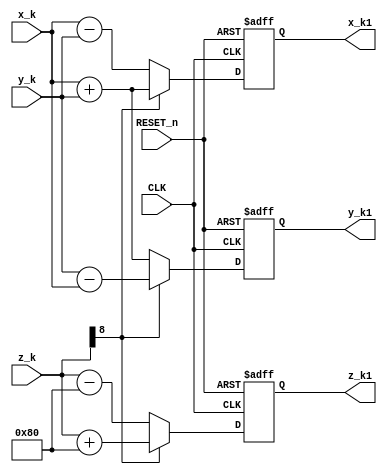
module CORDIC_elemet
#(parameter ADDRESS_WIDTH = 8,
//Address bit width for z_k
parameter VALUE_WIDTH = 8,
//Output value's bit width, internal one, for x_k and y_k
parameter[ADDRESS_WIDTH - 1 : 0] e_k = 2**(ADDRESS_WIDTH - 1),
//The rotation angle in this step
parameter ORDER = 0,
parameter MODE = 1)
//Order of this element


  ( 
    input CLK,
    input RESET_n,
    input signed[VALUE_WIDTH : 0] x_k,
    input signed[VALUE_WIDTH : 0] y_k,
    input signed[ADDRESS_WIDTH : 0] z_k,
    output reg signed[VALUE_WIDTH : 0] x_k1,
    output reg signed[VALUE_WIDTH : 0] y_k1,
    output reg signed[ADDRESS_WIDTH : 0] z_k1
  );

//Defination for Varables in the module
wire d_k;

//Logicals
generate
  if (MODE == 1)
    begin
        assign d_k = z_k[ADDRESS_WIDTH];
        //Get the symbol of z_k
    end
  else
    begin
        assign d_k = ~(x_k[ADDRESS_WIDTH]^y_k[ADDRESS_WIDTH]);
        //Get the symbol of -x_k * y_k
    end
endgenerate


//z_k calculation
//Angle rotation operation
always @ (posedge CLK or negedge RESET_n)
begin
    if (!RESET_n)
    begin
        z_k1 <= {(ADDRESS_WIDTH){1'b0}};
    end
    else if (d_k == 1'b0)
    //d_k is positive or zero
    begin
        z_k1 <= z_k -{1'b0, e_k};
    end
    else
    //d_k is positive or zero
    begin
        z_k1 <= z_k + {1'b0, e_k};
    end
end

//x_k and z_k calculation
//Value operation
always @ (posedge CLK or negedge RESET_n)
begin
    if (!RESET_n)
    begin
        x_k1 <= {(VALUE_WIDTH){1'b0}};
    end
    else if (d_k == 1'b0)
    //d_k is positive or zero
    begin
        x_k1 <= x_k - (y_k>>>ORDER);
    end
    else
    //d_k is negative
    begin
        x_k1 <= x_k + (y_k>>>ORDER);
    end
end

always @ (posedge CLK or negedge RESET_n)
begin
    if (!RESET_n)
    begin
        y_k1 <= {(VALUE_WIDTH){1'b0}};
    end
    else if (d_k == 1'b0)
    //d_k is positive or zero
    begin
        y_k1 <= y_k + (x_k>>>ORDER);
    end
    else
    //d_k is negative
    begin
        y_k1 <= y_k - (x_k>>>ORDER);
    end
end
endmodule